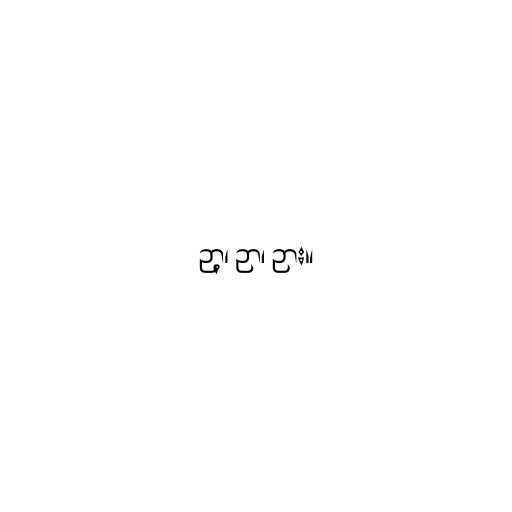
ဉာ့၊ ဉာ၊ ဉား။